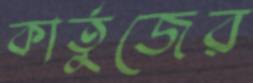
কার্তুজের